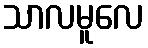
သာလမူလေ